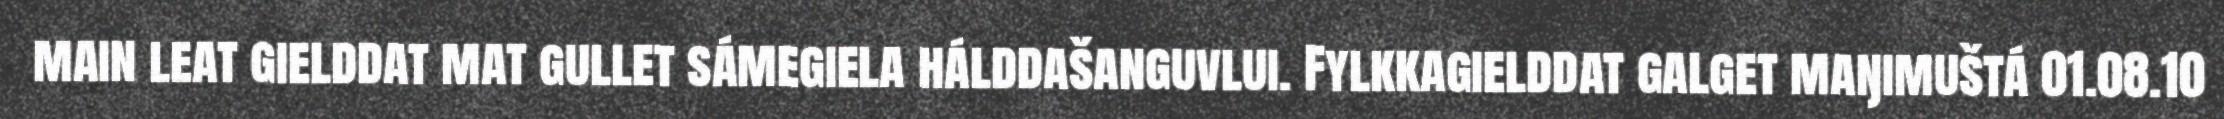
main leat gielddat mat gullet sámegiela hálddašanguvlui. Fylkkagielddat galget maŋimuštá 01.08.10